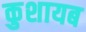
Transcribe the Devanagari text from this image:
कुशायब